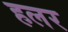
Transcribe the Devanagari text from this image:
हलर